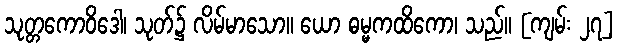
သုတ္တကောဝိဒေါ၊ သုတ်၌ လိမ်မာသော။ ယော ဓမ္မကထိကော၊ သည်။ [ကျမ်း ၂၇]